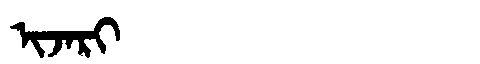
Manchu: ᡳᠵᠠᡵᡳ
Romanization: IJARI